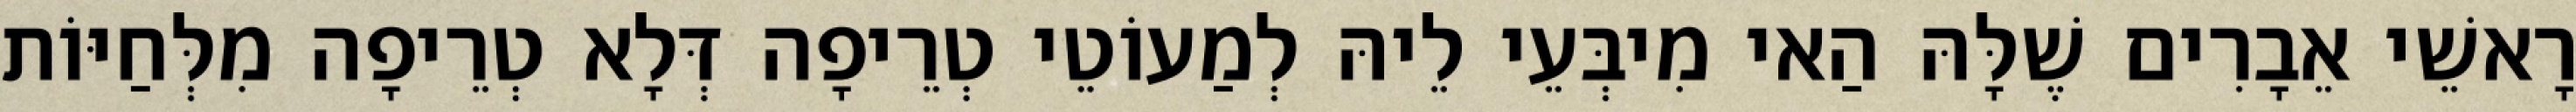
רָאשֵׁי אֵבָרִים שֶׁלָּהּ הַאי מִיבְּעֵי לֵיהּ לְמַעוֹטֵי טְרֵיפָה דְּלָא טְרֵיפָה מִלְּחַיּוֹת